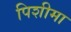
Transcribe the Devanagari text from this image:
पिशीमा